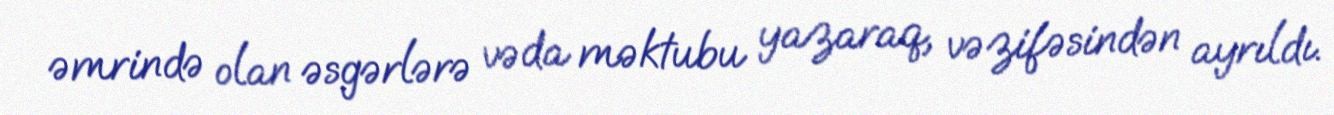
əmrində olan əsgərlərə vəda məktubu yazaraq, vəzifəsindən ayrıldı.